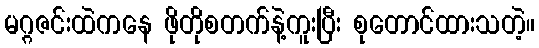
မဂ္ဂဇင်းထဲကနေ ဖိုတိုစတက်နဲ့ကူးပြီး စုတောင်ထားသတဲ့။